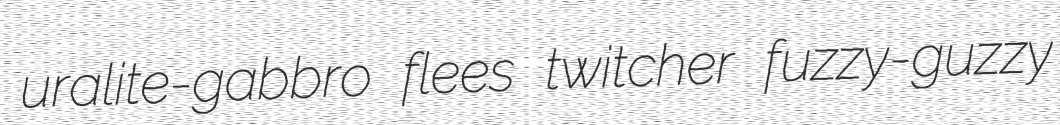
uralite-gabbro flees twitcher fuzzy-guzzy